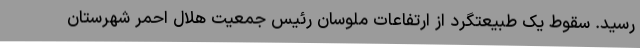
رسید. سقوط یک طبیعتگرد از ارتفاعات ملوسان رئیس جمعیت هلال احمر شهرستان